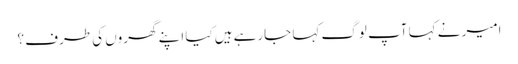
امیر نے کہا آپ لوگ کہا جارہے ہیں کیا اپنے گھروں کی طرف ؟